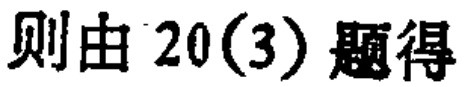
则由 20(3) 题得